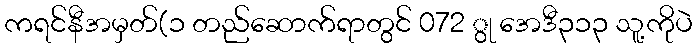
ကရင်နီအမှတ်(၁ တည်ဆောက်ရာတွင် 072 ွု အေဒီ၃၁၃ သူ့ကိုပဲ